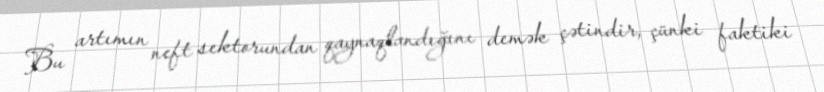
Bu artımın neft sektorundan qaynaqlandığını demək çətindir, çünki faktiki